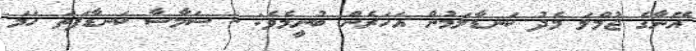
އޭނާގެ ޖުމްލަ މެދު ކަނޑާލަމުން އަހަރެން ބުނީމެވެ: - ސަމާސާ ކަނޑާފަތަ ހަމަ